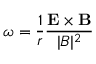
\omega = \frac { 1 } { r } \frac { \mathbf { E } \times \mathbf { B } } { | B | ^ { 2 } }